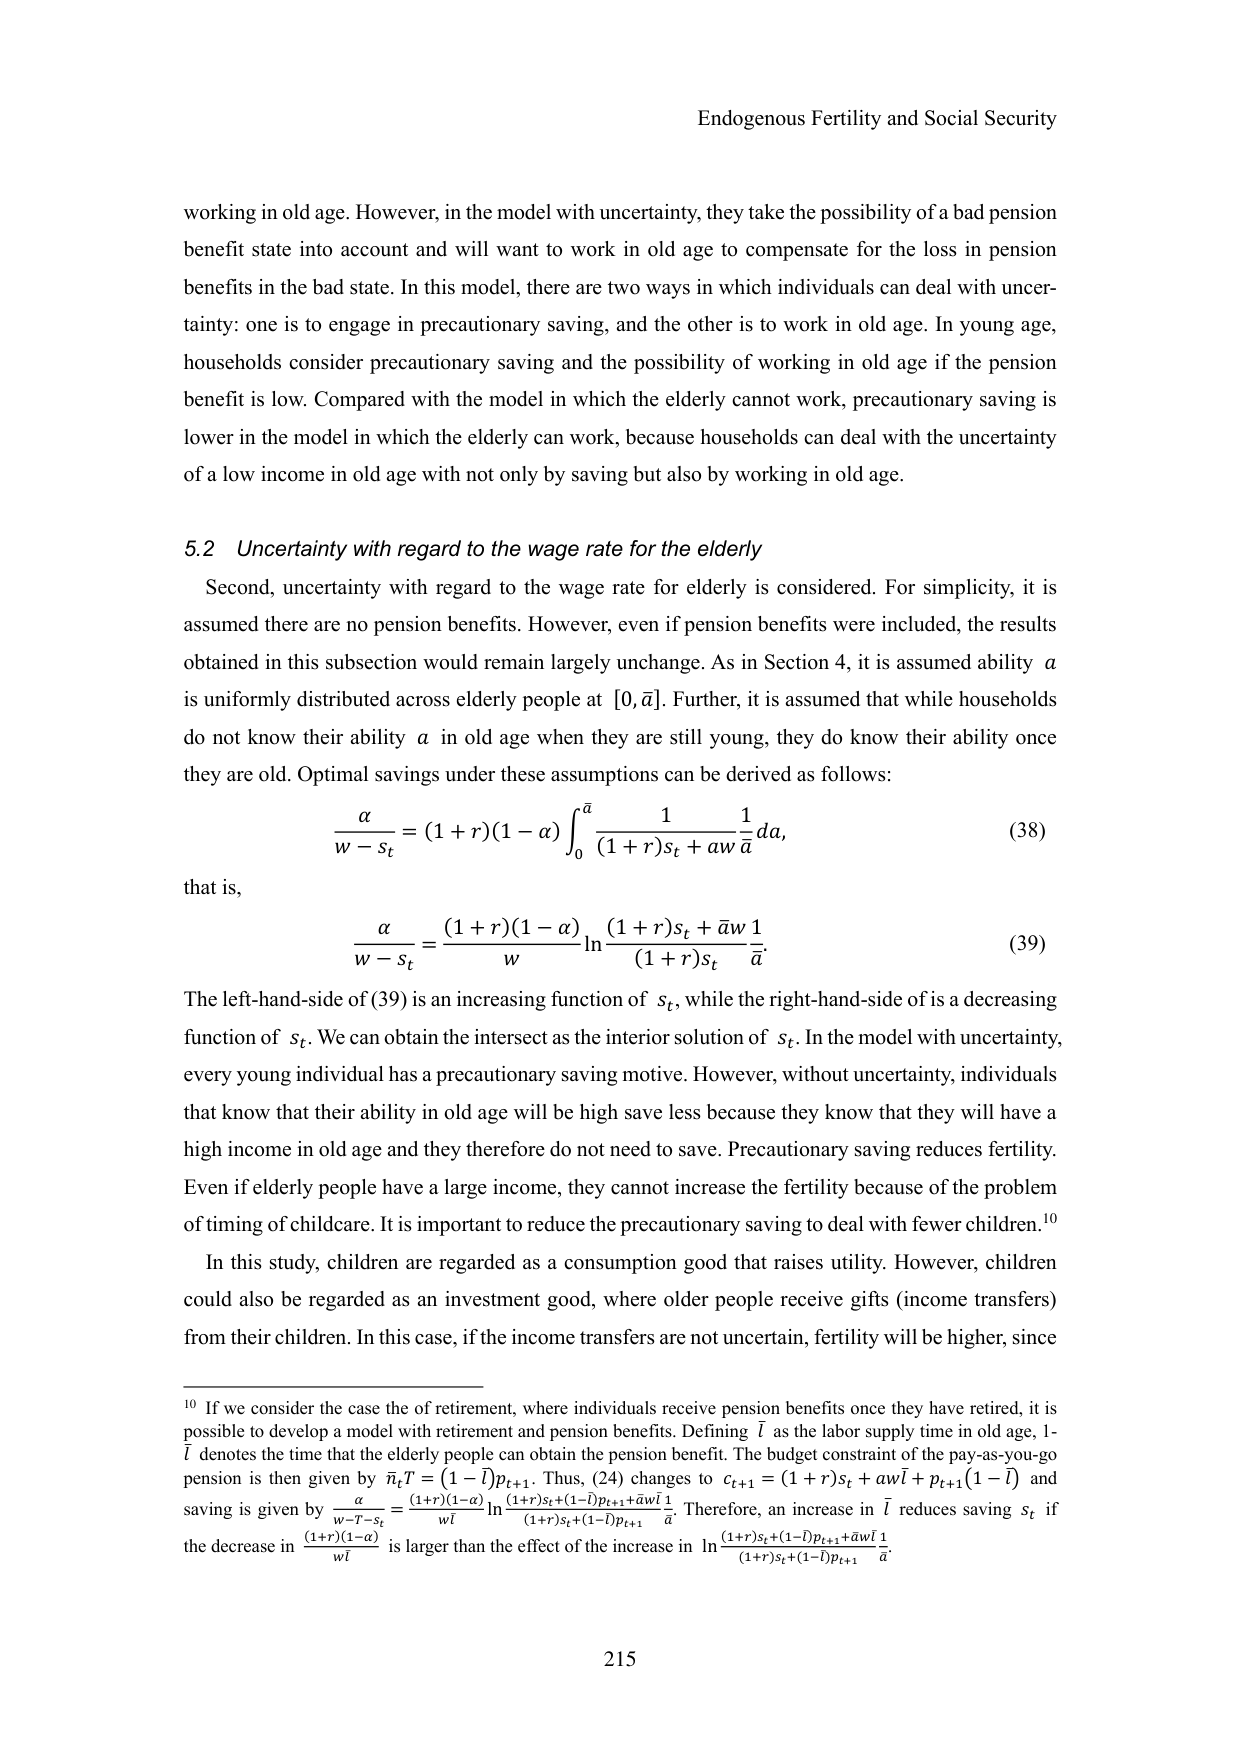
Endogenous Fertility and Social Security

working in old age. However, in the model with uncertainty, they take the possibility of a bad pension benefit state into account and will want to work in old age to compensate for the loss in pension benefits in the bad state. In this model, there are two ways in which individuals can deal with uncertainty: one is to engage in precautionary saving, and the other is to work in old age. In young age, households consider precautionary saving and the possibility of working in old age if the pension benefit is low. Compared with the model in which the elderly cannot work, precautionary saving is lower in the model in which the elderly can work, because households can deal with the uncertainty of a low income in old age with not only by saving but also by working in old age.

5.2 Uncertainty with regard to the wage rate for the elderly

Second, uncertainty with regard to the wage rate for elderly is considered. For simplicity, it is assumed there are no pension benefits. However, even if pension benefits were included, the results obtained in this subsection would remain largely unchange. As in Section 4, it is assumed ability a is uniformly distributed across elderly people at [0, ā]. Further, it is assumed that while households do not know their ability a in old age when they are still young, they do know their ability once they are old. Optimal savings under these assumptions can be derived as follows:

α / (w - sₜ) = (1 + r)(1 - α) ∫₀^ā [1 / ((1 + r)sₜ + aw)] (1/ā) da,  (38)

that is,

α / (w - sₜ) = [(1 + r)(1 - α) / w] ln[( (1 + r)sₜ + āw ) / ((1 + r)sₜ)] (1/ā).  (39)

The left-hand-side of (39) is an increasing function of sₜ, while the right-hand-side of is a decreasing function of sₜ. We can obtain the intersect as the interior solution of sₜ. In the model with uncertainty, every young individual has a precautionary saving motive. However, without uncertainty, individuals that know that their ability in old age will be high save less because they know that they will have a high income in old age and they therefore do not need to save. Precautionary saving reduces fertility. Even if elderly people have a large income, they cannot increase the fertility because of the problem of timing of childcare. It is important to reduce the precautionary saving to deal with fewer children.¹⁰

In this study, children are regarded as a consumption good that raises utility. However, children could also be regarded as an investment good, where older people receive gifts (income transfers) from their children. In this case, if the income transfers are not uncertain, fertility will be higher, since

¹⁰ If we consider the case the of retirement, where individuals receive pension benefits once they have retired, it is possible to develop a model with retirement and pension benefits. Defining l̄ as the labor supply time in old age, 1-l̄ denotes the time that the elderly people can obtain the pension benefit. The budget constraint of the pay-as-you-go pension is then given by π̄ₜT = (1-l̄)pₜ₊₁. Thus, (24) changes to cₜ₊₁ = (1 + r)sₜ + awl̄ + pₜ₊₁(1-l̄) and saving is given by α/(w-T-sₜ) = [(1+r)(1-α)/wl̄] ln[( (1+r)sₜ+(1-l̄)pₜ₊₁+āwl̄ ) / ((1+r)sₜ+(1-l̄)pₜ₊₁)] (1/ā). Therefore, an increase in l̄ reduces saving sₜ if the decrease in [(1+r)(1-α)/wl̄] is larger than the effect of the increase in ln[( (1+r)sₜ+(1-l̄)pₜ₊₁+āwl̄ ) / ((1+r)sₜ+(1-l̄)pₜ₊₁)] (1/ā).

215